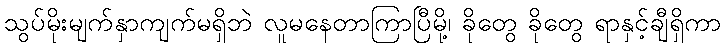
သွပ်မိုးမျက်နှာကျက်မရှိဘဲ လူမနေတာကြာပြီမို့၊ ခိုတွေ ခိုတွေ ရာနှင့်ချီရှိကာ